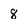
Character: 8